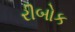
રીબોક